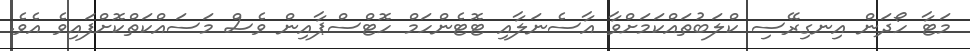
މަޓާ ހޯދަން އިނގިރޭސި ކްލަބުތައްކަމަށްވާ އާސެނަލާއި ޓޮޓެންހަމް ހޮޓްސްޕާއިން ވެސް މަސައްކަތްކޮށްފައިވެ އެވެ.